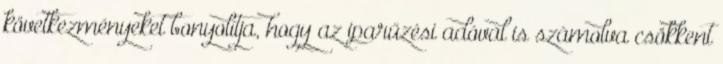
következményeket bonyolítja, hogy az iparűzési adóval is számolva csökkent